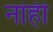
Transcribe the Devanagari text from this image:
नांही